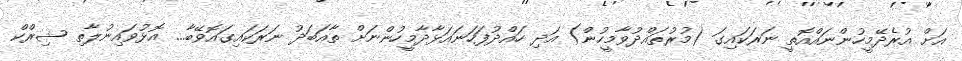
އަށް އުރެދޭމީހުންނައްއޮތީ ނަރަކައިގަ (މުރުތައްދުވާމީހުން) އަދި ހައްދުފަހަނައަޅާދާމީހުންނަށް ތާއަބަދު ނަރަކައިގައޮވޭބާ... އޮޅުވައިނުލާތި ޝިރްކް